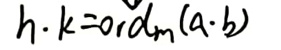
\[h\cdot k = \text{ord}_m(a\cdot b)\]